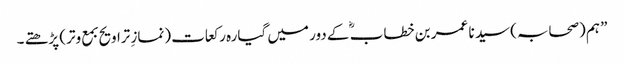
” ہم (صحابہ) سید نا عمر بن خطاب ؓ کے دور میں گیارہ رکعات (نمازِ تراویح بمع وتر) پڑھتے ۔